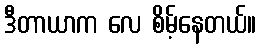
ဒီတာယာက လေ စိမ့်နေတယ်။